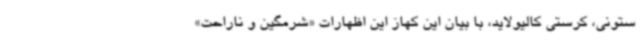
ستونی، کرستی کالیولاید، با بیان این کهاز این اظهارات «شرمگین و ناراحت»